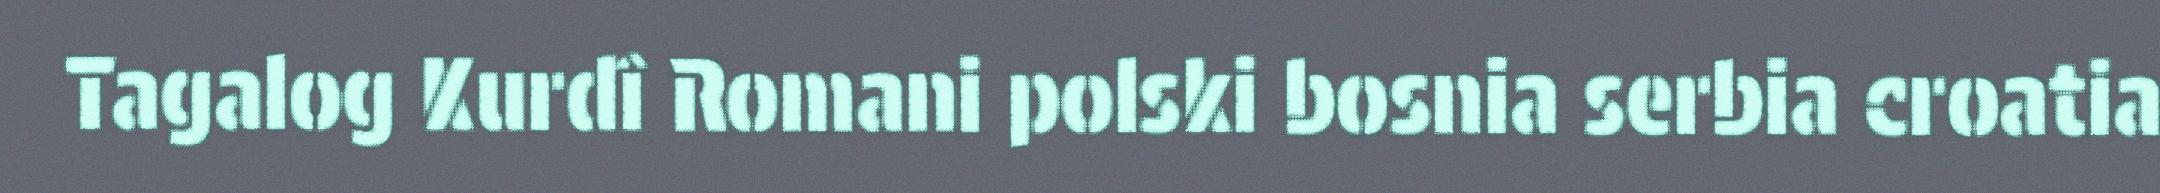
Tagalog Kurdî Romani polski bosnia serbia croatia